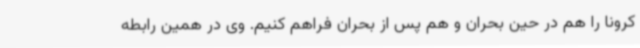
کرونا را هم در حین بحران و هم پس از بحران فراهم کنیم. وی در همین رابطه